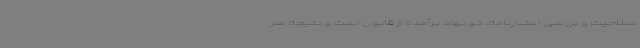
صلاحیت و بررسی اعتبارنامه، دو نهاد برآمده از قانون است و نتیجه هر